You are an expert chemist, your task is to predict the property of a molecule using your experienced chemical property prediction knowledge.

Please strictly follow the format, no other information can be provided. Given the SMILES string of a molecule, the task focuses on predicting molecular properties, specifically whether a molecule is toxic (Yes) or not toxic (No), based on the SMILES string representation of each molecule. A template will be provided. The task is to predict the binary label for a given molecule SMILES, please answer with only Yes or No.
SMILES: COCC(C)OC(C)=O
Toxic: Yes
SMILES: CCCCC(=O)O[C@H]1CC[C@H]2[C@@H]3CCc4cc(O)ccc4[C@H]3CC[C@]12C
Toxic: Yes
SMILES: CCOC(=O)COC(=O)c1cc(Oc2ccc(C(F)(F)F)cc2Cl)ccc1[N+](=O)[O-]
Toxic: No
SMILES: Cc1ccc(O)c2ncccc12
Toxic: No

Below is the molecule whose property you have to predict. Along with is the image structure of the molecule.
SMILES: Cn1sccc1=O
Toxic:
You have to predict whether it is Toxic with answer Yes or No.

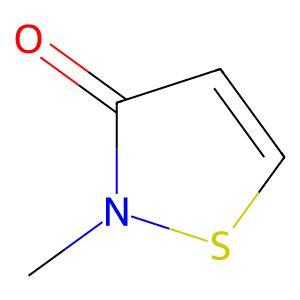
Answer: No